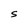
Character: S